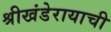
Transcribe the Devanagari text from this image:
श्रीखंडेरायाची